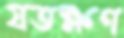
যতক্ষণ